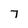
Character: 7